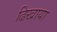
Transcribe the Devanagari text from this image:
ढिखाया